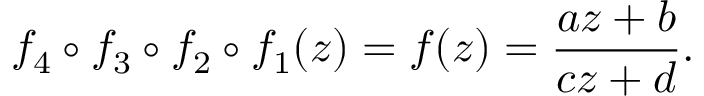
f _ { 4 } \circ f _ { 3 } \circ f _ { 2 } \circ f _ { 1 } ( z ) = f ( z ) = { \frac { a z + b } { c z + d } } .